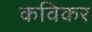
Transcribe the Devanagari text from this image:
कविकर